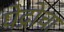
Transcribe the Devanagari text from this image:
पेद्रोचा